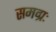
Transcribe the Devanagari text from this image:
समग्रः